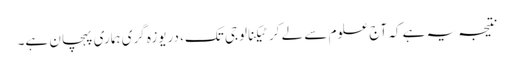
نتیجہ یہ ہے کہ آج علوم سے لے کر ٹیکنالوجی تک، دریوزہ گری ہماری پہچان ہے۔